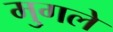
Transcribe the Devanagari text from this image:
मु्गले